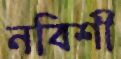
নবিশী